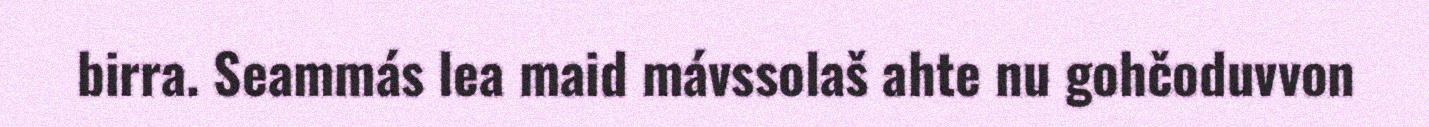
birra. Seammás lea maid mávssolaš ahte nu gohčoduvvon